Lunatic asylums United Prov. 1922-30 - 1922-1930
Year: 1922
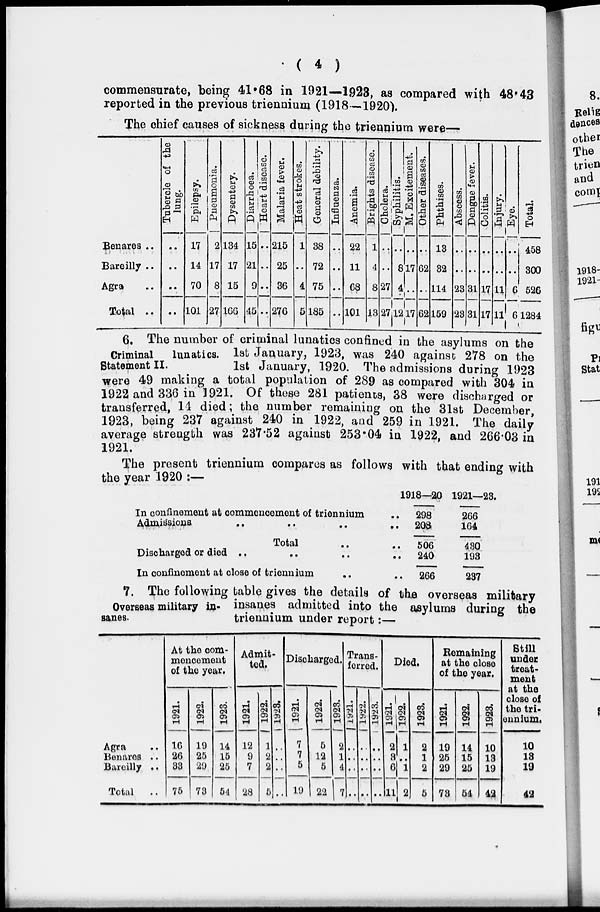
( 4 )
commensurate, being 41.68 in 1921—1923, as compared with 48.43
reported in the previous triennium (1918—1920).
The chief causes of sickness during the triennium were—
Benares ..
Bareilly ..
Agra ..
Total ..
Tubercle of the
lung.
..
..
..
..
Epilepsy.
17
14
70
101
Pneumonia.
2
17
8
27
Dysentery.
134
17
15
166
Diarrhoea.
15
21
9
45
Heart disease.
..
..
..
..
Malaria fever.
215
25
36
276
Heat strokes.
1
..
4
5
General debility.
38
72
75
185
Influenza.
..
..
..
..
Anemia.
22
11
68
101
Brights disease.
1
4
8
13
Cholera.
..
..
27
27
Syphilitis.
..
8
4
12
M. Excitement.
..
17
..
17
Other diseases.
..
62
..
62
Phthises.
13
32
114
159
Abscess.
..
..
23
23
Dengue fever.
..
..
31
31
Colitis.
..
..
17
17
Injury.
..
..
11
11
Eye.
..
..
6
6
Total.
458
300
526
1284
Criminal lunatics.
Statement II.
6. The number of criminal lunatics confined in the asylums on the
1st January, 1923, was 240 against 278 on the
1st January, 1920. The admissions during 1923
were 49 making a total population of 289 as compared with 304 in
1922 and 336 in 1921. Of these 281 patients, 38 were discharged or
transferred, 14 died; the number remaining on the 31st December,
1923, being 237 against 240 in 1922, and 259 in 1921. The daily
average strength was 237.52 against 253.04 in 1922, and 266.03 in
1921.
The present triennium compares as follows with that ending with
the year 1920 :—
In confinement at commencement of triennium ..
Admissions .. .. .. ..
Total .. ..
Discharged or died .. .. .. ..
In confinement at close of triennium .. ..
1918—20
298
208
506
240
266
1921—23.
266
164
430
193
237
Overseas military in¬
sanes.
7. The following table gives the details of the overseas military
insanes admitted into the asylums during the
triennium under report :—
Agra ..
Benares ..
Bareilly ..
Total ..
At the com-
mencement
of the year.
1921.
16
26
33
75
1922.
19
25
29
73
1923.
14
15
25
54
Admit-
ted.
1921.
12
9
7
28
1922.
1
2
2
5
1923.
..
..
..
..
Discharged.
1921.
7
7
5
19
1922.
5
12
5
22
1923.
2
1
4
7
Trans-
ferred.
1921.
..
..
..
..
1922.
..
..
..
..
1923.
..
..
..
..
Died.
1921.
2
3
6
11
1922.
1
..
1
2
1923.
2
1
2
5
Remaining
at the close
of the year.
1921.
19
25
29
73
1922.
14
15
25
54
1923.
10
13
19
42
Still
under
treat-
ment
at the
close of
the tri-
ennium.
10
13
19
42